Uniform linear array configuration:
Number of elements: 8
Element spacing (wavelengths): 0.25
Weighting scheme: hamming
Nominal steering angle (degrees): -30
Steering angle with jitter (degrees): -28.129
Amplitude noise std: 0.05
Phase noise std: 0.05

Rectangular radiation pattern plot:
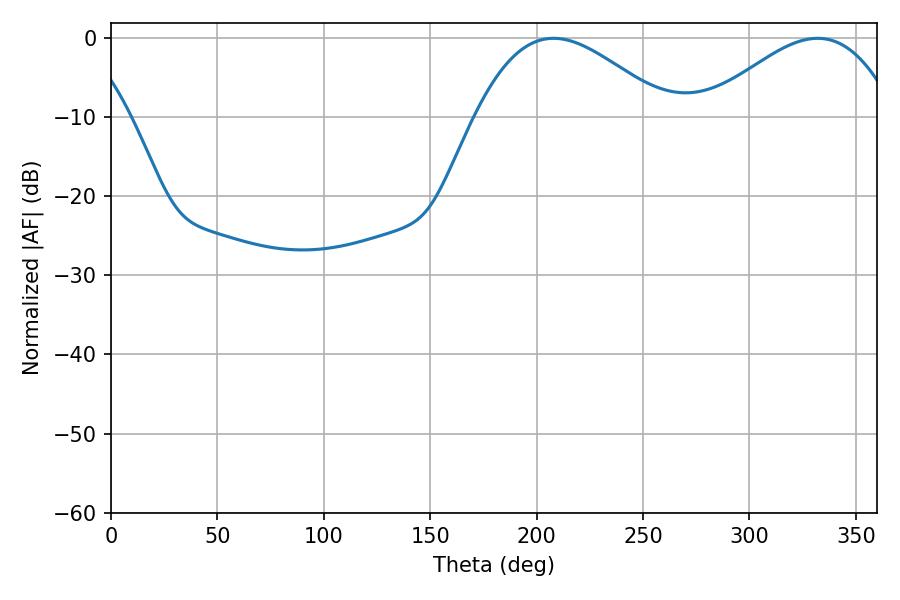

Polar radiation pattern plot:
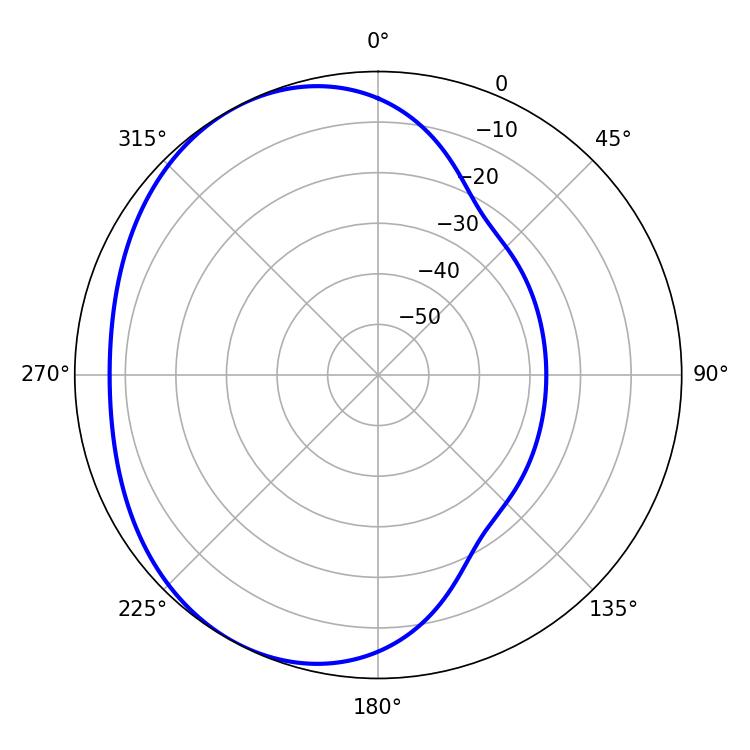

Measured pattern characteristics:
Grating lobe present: FALSE
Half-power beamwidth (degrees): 48.6
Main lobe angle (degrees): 207.9